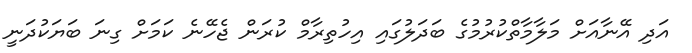
އަދި އޭނާއަށް މަލާމާތްކުރުމުގެ ބަދަލުގައި އިހުތިރާމް ކުރަން ޖެހޭނެ ކަމަށް ގިނަ ބަޔަކުދަނީ